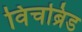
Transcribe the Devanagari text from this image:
विचब्रिड